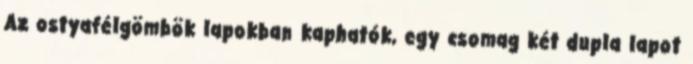
Az ostyafélgömbök lapokban kaphatók, egy csomag két dupla lapot